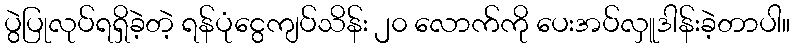
ပွဲပြုလုပ်ရရှိခဲ့တဲ့ ရန်ပုံငွေကျပ်သိန်း ၂၀ လောက်ကို ပေးအပ်လှူဒါန်းခဲ့တာပါ။